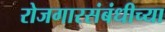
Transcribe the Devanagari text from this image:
रोजगारसंबंधीच्या